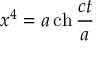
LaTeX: x ^ { 4 } = a \operatorname { c h } { \frac { c t } { a } }